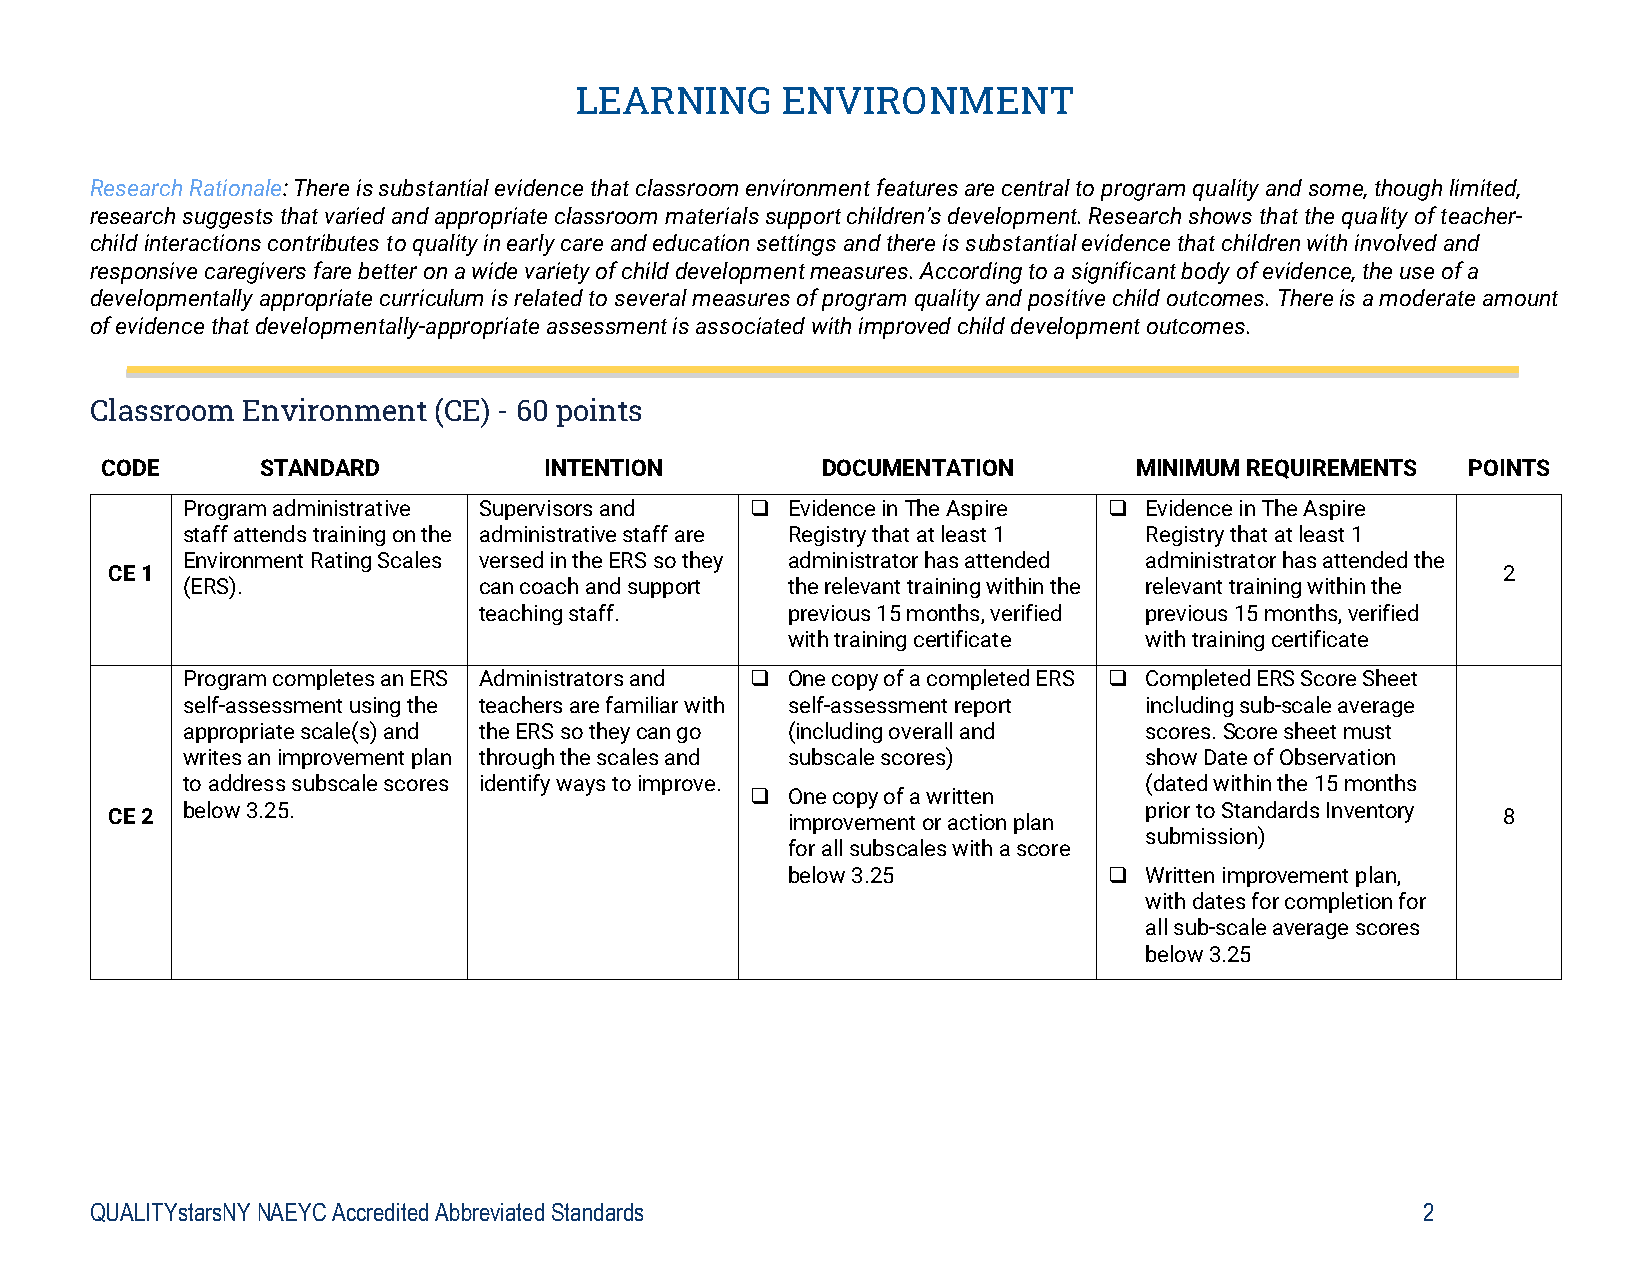
LEARNING      ENVIRONMENT
 Research Rationale: There is substantial evidence that classroom environment features are central to program quality and some, though limited,
 research suggests that varied and appropriate classroom materials support children’s development. Research shows that the quality of teacher-
 child interactions contributes to quality in early care and education settings and there is substantial evidence that children with involved and
 responsive caregivers fare better on a wide variety of child development measures. According to a significant body of evidence, the use of a
 developmentally appropriate curriculum is related to several measures of program quality and positive child outcomes. There is a moderate amount
 of evidence that developmentally-appropriate assessment is associated with improved child development outcomes.
 Classroom Environment  (CE) - 60 points
 CODE      STANDARD           INTENTION         DOCUMENTATION        MINIMUM REQUIREMENTS  POINTS
 Program administrative Supervisors and  Evidence in The Aspire  Evidence in The Aspire
 staff attends training on the administrative staff are Registry that at least 1 Registry that at least 1
 Environment Rating Scales versed in the ERS so they administrator has attended administrator has attended the
 CE 1                                                                                        2
 (ERS).              can coach and support the relevant training within the relevant training within the
 teaching staff.     previous 15 months, verified previous 15 months, verified
 with training certificate with training certificate
 Program completes an ERS Administrators and  One copy of a completed ERS  Completed ERS Score Sheet
 self-assessment using the teachers are familiar with self-assessment report including sub-scale average
 appropriate scale(s) and the ERS so they can go (including overall and scores. Score sheet must
 writes an improvement plan through the scales and subscale scores) show Date of Observation
 to address subscale scores identify ways to improve.            (dated within the 15 months
  One copy of a written
 CE 2 below 3.25.                             improvement or action plan prior to Standards Inventory 8
 submission)
 for all subscales with a score
 below 3.25             Written improvement plan,
 with dates for completion for
 all sub-scale average scores
 below 3.25
 QUALITYstarsNY NAEYC Accredited Abbreviated Standards                                   2